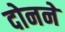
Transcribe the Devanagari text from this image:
दोनने